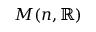
M ( n , \mathbb { R } )